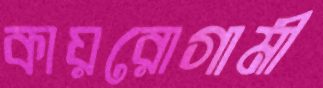
কায়রোগামী